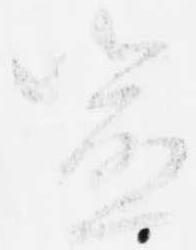
喩